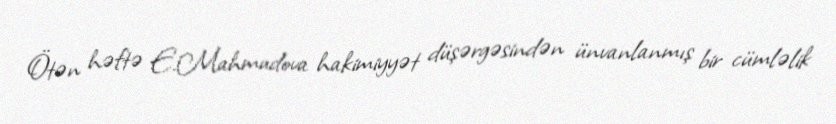
Ötən həftə E.Mahmudova hakimiyyət düşərgəsindən ünvanlanmış bir cümləlik